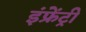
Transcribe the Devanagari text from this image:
इंफ्रेंट्री